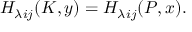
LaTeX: H _ { \lambda i j } ( K , y ) = H _ { \lambda i j } ( P , x ) .